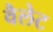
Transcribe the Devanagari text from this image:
वैलेट